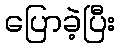
ပြောခဲ့ပြီး